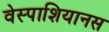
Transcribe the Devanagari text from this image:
वेस्पाशियानस